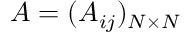
A = ( A _ { i j } ) _ { N \times N }